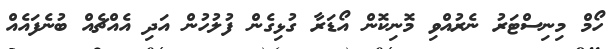
ހޯމް މިނިސްޓަރު ނެރުއްވި މޮނިކޮން އޯޑަރާ ގުޅިގެން ފުލުހުން އަދި އެއްޗެއް ބުނެފައެއް